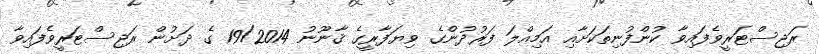
ރަޖިސްޓަރީވެފައިވާ ކުންފުނިތަކަށާއި އަމިއްލަ ފަރުދުންގެ ވިޔަފާރީގެ ޤާނޫނު 19/2014 ގެ ދަށުން ރަޖިސްޓަރީވެފައިވާ